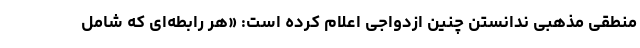
منطقی مذهبی ندانستن چنین ازدواجی اعلام کرده است: «هر رابطه‌ای كه شامل